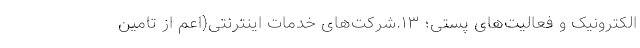
الکترونیک و فعالیت‌های پستی؛ ۱۳.شرکت‌های خدمات اینترنتی(اعم از تامین